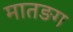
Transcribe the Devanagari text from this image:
मातङग